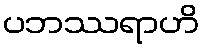
ပဘဿရာဟိ